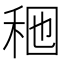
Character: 𱶄